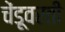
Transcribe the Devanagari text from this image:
चेंडूवरती